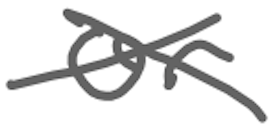
Text: or
Cross-out: cross
Writing tool: digital_gray